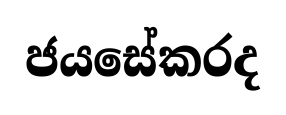
ජයසේකරද